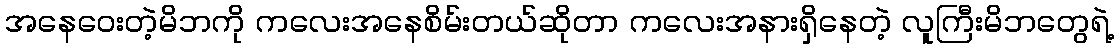
အနေဝေးတဲ့မိဘကို ကလေးအနေစိမ်းတယ်ဆိုတာ ကလေးအနားရှိနေတဲ့ လူကြီးမိဘတွေရဲ့